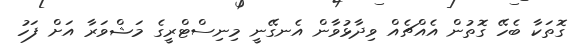
ގޮތަކާ ބެހޭ ގޮތުން އެއްޗެއް ވިދާޅުވާން އެނގޭނީ މިނިސްޓްރީގެ މަޝްވަރާ އަށް ފަހު